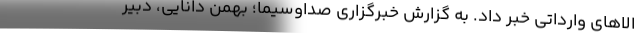
الاهای وارداتی خبر داد. به گزارش خبرگزاری صداوسیما؛ بهمن دانایی، دبیر